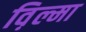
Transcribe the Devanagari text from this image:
व़िल्मा